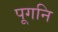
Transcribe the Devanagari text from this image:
पूगनि